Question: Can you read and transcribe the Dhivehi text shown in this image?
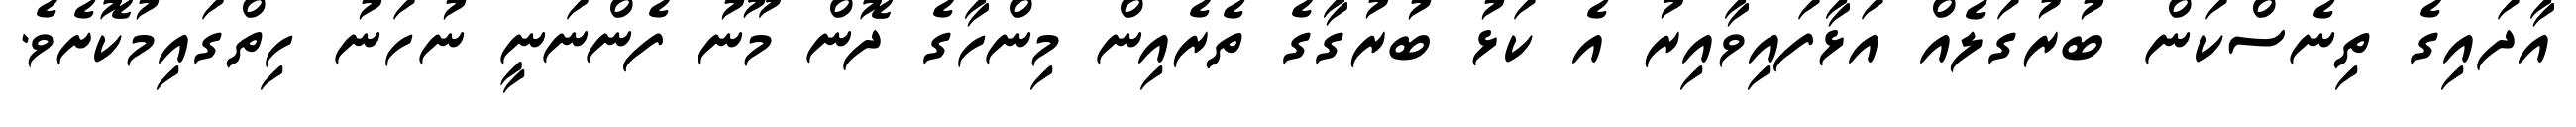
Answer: އާދައިގެ ތިނެސްކަން ބުރުގަލެއް އަޅާފައިވާއިރު އެ ކަޅު ބުރުގާގެ ތެރެއިން މިންހާގެ ދޮން މޫނު ފެންނަނީ ނުހަނު ހިތްގައިމުކޮށެވެ.